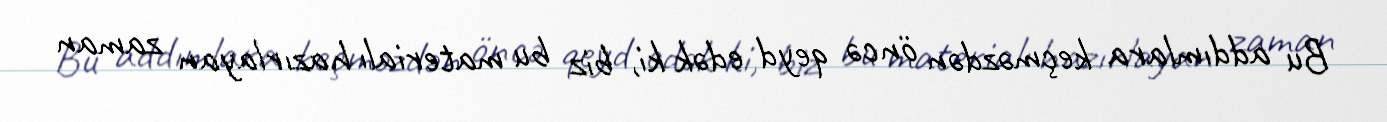
Bu addımlara keçməzdən öncə qeyd edək ki, biz bu materialı hazırlayan zaman